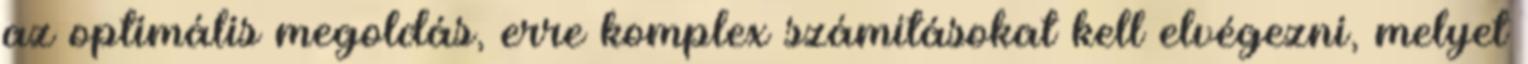
az optimális megoldás, erre komplex számításokat kell elvégezni, melyet